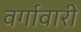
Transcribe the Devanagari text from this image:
वर्गावारी